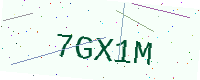
Text: 7GX1M